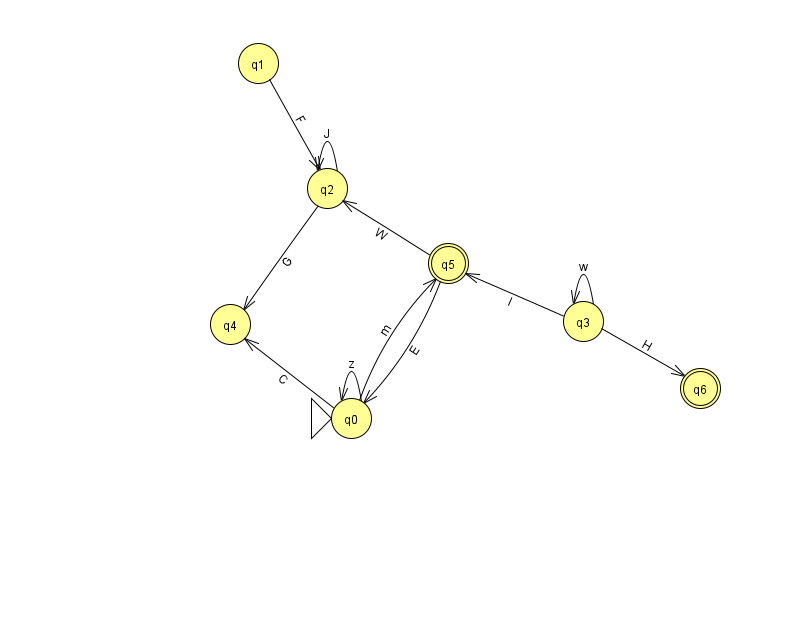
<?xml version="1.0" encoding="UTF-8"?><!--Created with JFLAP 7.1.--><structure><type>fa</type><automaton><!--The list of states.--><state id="0" name="q0"><x>351.0</x><y>405.0</y><initial/></state><state id="1" name="q1"><x>258.0</x><y>50.0</y></state><state id="2" name="q2"><x>327.0</x><y>175.0</y></state><state id="3" name="q3"><x>583.0</x><y>308.0</y></state><state id="4" name="q4"><x>230.0</x><y>311.0</y></state><state id="5" name="q5"><x>448.0</x><y>250.0</y><final/></state><state id="6" name="q6"><x>700.0</x><y>375.0</y><final/></state><!--The list of transitions.--><transition><from>1</from><to>2</to><read>F</read></transition><transition><from>0</from><to>5</to><read>m</read></transition><transition><from>3</from><to>6</to><read>H</read></transition><transition><from>3</from><to>3</to><read>w</read></transition><transition><from>3</from><to>5</to><read>l</read></transition><transition><from>0</from><to>0</to><read>z</read></transition><transition><from>2</from><to>2</to><read>J</read></transition><transition><from>0</from><to>4</to><read>C</read></transition><transition><from>2</from><to>4</to><read>G</read></transition><transition><from>5</from><to>0</to><read>E</read></transition><transition><from>5</from><to>2</to><read>W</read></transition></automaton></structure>